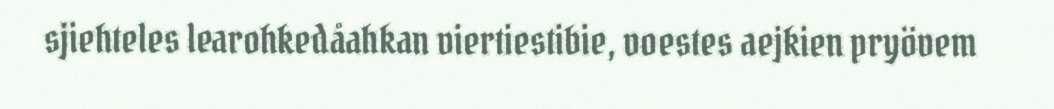
sjiehteles learohkedåahkan viertiestibie, voestes aejkien pryövem